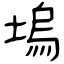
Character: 塢